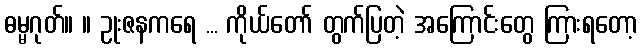
ဓမ္မဂုတ်။ ။ ဥုးဇနကရေ ... ကိုယ်တော် တွက်ပြတဲ့ အကြောင်းတွေ ကြားရတော့